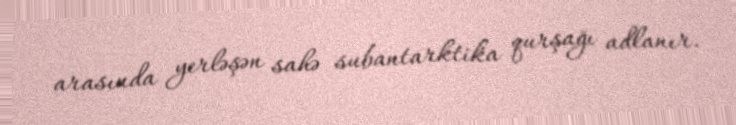
arasında yerləşən sahə subantarktika qurşağı adlanır.